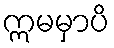
ဣမမှာပိ